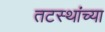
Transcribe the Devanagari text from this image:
तटस्थांच्या